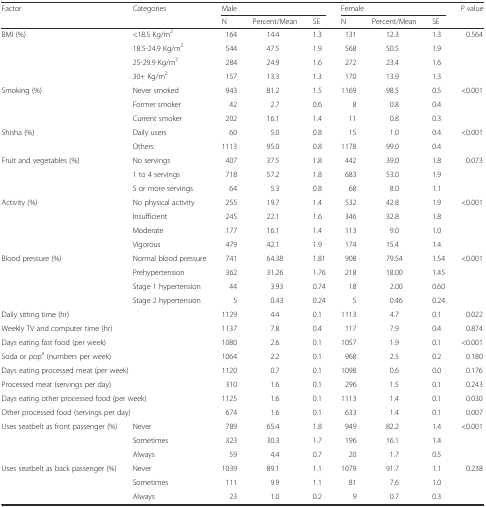
<table><thead><tr><td rowspan="2"><b>Factor</b></td><td rowspan="2"><b>Categories</b></td><td colspan="3"><b>Male</b></td><td colspan="3"><b>Female</b></td><td rowspan="2"><b><i>P</i> value</b></td></tr><tr><td><b>N</b></td><td><b>Percent/Mean</b></td><td><b>SE</b></td><td><b>N</b></td><td><b>Percent/Mean</b></td><td><b>SE</b></td></tr></thead><tbody><tr><td rowspan="4">BMI (%)</td><td>&lt;18.5 Kg/m<sup>2</sup></td><td>164</td><td>14.4</td><td>1.3</td><td>131</td><td>12.3</td><td>1.3</td><td rowspan="4">0.564</td></tr><tr><td>18.5-24.9 Kg/m<sup>2</sup></td><td>544</td><td>47.5</td><td>1.9</td><td>568</td><td>50.5</td><td>1.9</td></tr><tr><td>25-29.9 Kg/m<sup>2</sup></td><td>284</td><td>24.9</td><td>1.6</td><td>272</td><td>23.4</td><td>1.6</td></tr><tr><td>30+ Kg/m<sup>2</sup></td><td>157</td><td>13.3</td><td>1.3</td><td>170</td><td>13.9</td><td>1.3</td></tr><tr><td rowspan="3">Smoking (%)</td><td>Never smoked</td><td>943</td><td>81.2</td><td>1.5</td><td>1169</td><td>98.5</td><td>0.5</td><td rowspan="3">&lt;0.001</td></tr><tr><td>Former smoker</td><td>42</td><td>2.7</td><td>0.6</td><td>8</td><td>0.8</td><td>0.4</td></tr><tr><td>Current smoker</td><td>202</td><td>16.1</td><td>1.4</td><td>11</td><td>0.8</td><td>0.3</td></tr><tr><td rowspan="2">Shisha (%)</td><td>Daily users</td><td>60</td><td>5.0</td><td>0.8</td><td>15</td><td>1.0</td><td>0.4</td><td rowspan="2">&lt;0.001</td></tr><tr><td>Others</td><td>1113</td><td>95.0</td><td>0.8</td><td>1178</td><td>99.0</td><td>0.4</td></tr><tr><td rowspan="3">Fruit and vegetables (%)</td><td>No servings</td><td>407</td><td>37.5</td><td>1.8</td><td>442</td><td>39.0</td><td>1.8</td><td rowspan="3">0.073</td></tr><tr><td>1 to 4 servings</td><td>718</td><td>57.2</td><td>1.8</td><td>683</td><td>53.0</td><td>1.9</td></tr><tr><td>5 or more servings</td><td>64</td><td>5.3</td><td>0.8</td><td>68</td><td>8.0</td><td>1.1</td></tr><tr><td rowspan="4">Activity (%)</td><td>No physical activity</td><td>255</td><td>19.7</td><td>1.4</td><td>532</td><td>42.8</td><td>1.9</td><td rowspan="4">&lt;0.001</td></tr><tr><td>Insufficient</td><td>245</td><td>22.1</td><td>1.6</td><td>346</td><td>32.8</td><td>1.8</td></tr><tr><td>Moderate</td><td>177</td><td>16.1</td><td>1.4</td><td>113</td><td>9.0</td><td>1.0</td></tr><tr><td>Vigorous</td><td>479</td><td>42.1</td><td>1.9</td><td>174</td><td>15.4</td><td>1.4</td></tr><tr><td rowspan="4">Blood pressure (%)</td><td>Normal blood pressure</td><td>741</td><td>64.38</td><td>1.81</td><td>908</td><td>79.54</td><td>1.54</td><td rowspan="4">&lt;0.001</td></tr><tr><td>Prehypertension</td><td>362</td><td>31.26</td><td>1.76</td><td>218</td><td>18.00</td><td>1.45</td></tr><tr><td>Stage 1 hypertension</td><td>44</td><td>3.93</td><td>0.74</td><td>18</td><td>2.00</td><td>0.60</td></tr><tr><td>Stage 2 hypertension</td><td>5</td><td>0.43</td><td>0.24</td><td>5</td><td>0.46</td><td>0.24</td></tr><tr><td colspan="2">Daily sitting time (hr)</td><td>1129</td><td>4.4</td><td>0.1</td><td>1113</td><td>4.7</td><td>0.1</td><td>0.022</td></tr><tr><td colspan="2">Weekly TV and computer time (hr)</td><td>1137</td><td>7.8</td><td>0.4</td><td>117</td><td>7.9</td><td>0.4</td><td>0.874</td></tr><tr><td colspan="2">Days eating fast food (per week)</td><td>1080</td><td>2.6</td><td>0.1</td><td>1057</td><td>1.9</td><td>0.1</td><td>&lt;0.001</td></tr><tr><td colspan="2">Soda or pop<sup>a</sup> (numbers per week)</td><td>1064</td><td>2.2</td><td>0.1</td><td>968</td><td>2.5</td><td>0.2</td><td>0.180</td></tr><tr><td colspan="2">Days eating processed meat (per week)</td><td>1120</td><td>0.7</td><td>0.1</td><td>1098</td><td>0.6</td><td>0.0</td><td>0.176</td></tr><tr><td colspan="2">Processed meat (servings per day)</td><td>310</td><td>1.6</td><td>0.1</td><td>296</td><td>1.5</td><td>0.1</td><td>0.243</td></tr><tr><td colspan="2">Days eating other processed food (per week)</td><td>1125</td><td>1.6</td><td>0.1</td><td>1113</td><td>1.4</td><td>0.1</td><td>0.030</td></tr><tr><td colspan="2">Other processed food (servings per day)</td><td>674</td><td>1.6</td><td>0.1</td><td>633</td><td>1.4</td><td>0.1</td><td>0.007</td></tr><tr><td rowspan="3">Uses seatbelt as front passenger (%)</td><td>Never</td><td>789</td><td>65.4</td><td>1.8</td><td>949</td><td>82.2</td><td>1.4</td><td rowspan="3">&lt;0.001</td></tr><tr><td>Sometimes</td><td>323</td><td>30.3</td><td>1.7</td><td>196</td><td>16.1</td><td>1.4</td></tr><tr><td>Always</td><td>59</td><td>4.4</td><td>0.7</td><td>20</td><td>1.7</td><td>0.5</td></tr><tr><td rowspan="3">Uses seatbelt as back passenger (%)</td><td>Never</td><td>1039</td><td>89.1</td><td>1.1</td><td>1079</td><td>91.7</td><td>1.1</td><td rowspan="3">0.238</td></tr><tr><td>Sometimes</td><td>111</td><td>9.9</td><td>1.1</td><td>81</td><td>7.6</td><td>1.0</td></tr><tr><td>Always</td><td>23</td><td>1.0</td><td>0.2</td><td>9</td><td>0.7</td><td>0.3</td></tr></tbody></table>